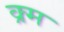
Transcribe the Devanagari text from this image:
क्र्म